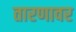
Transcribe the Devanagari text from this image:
तारणावर